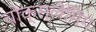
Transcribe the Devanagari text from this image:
चोक्स्लैमिंग